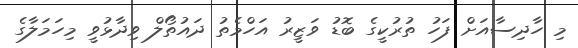
މި ހާދިސާއަށް ފަހު ތުރުކީގެ ބޮޑު ވަޒީރު އަހްމެތު ދައުތޯލް ވިދާޅުވީ މިހަމަލާގެ